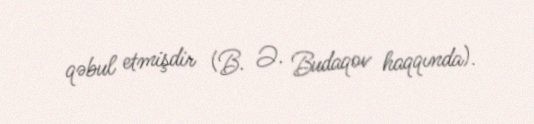
qəbul etmişdir (B. Ə. Budaqov haqqında).